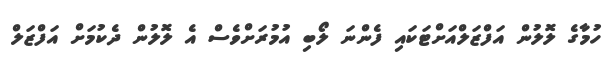
ހުމާގެ ލޮލުން އަފްޒަލްއަށްޓަކައި ފެންނަ ލޯބި އުމުރަށްވެސް އެ ލޮލުން ދެކުމަށް އަފްޒަލް